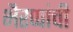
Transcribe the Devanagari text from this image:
भैरप्पांची